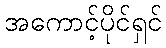
အကောင့်ပိုင်ရှင်